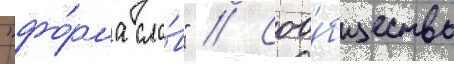
"фо́рма сло́в" // Соо́бщество